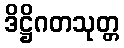
ဒိဋ္ဌိဂတသုတ္တ